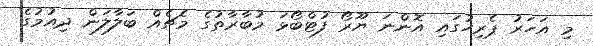
މި އަހަރު ޕެރިހުގައި އޮންނަ ޔޫރޯ ފުޓްބޯޅަ މުބާރާތުގެ މެޗެއް ބަލާލަން ދިއުމުގެ